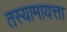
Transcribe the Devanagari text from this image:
तस्यामायत्ता